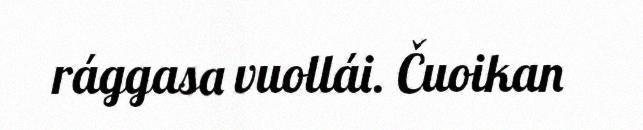
rággasa vuollái. Čuoikan